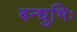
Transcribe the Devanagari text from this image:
बन्धुभिः